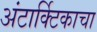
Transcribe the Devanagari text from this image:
अंटार्क्टिकाचा